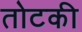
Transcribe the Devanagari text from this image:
तोटकी